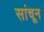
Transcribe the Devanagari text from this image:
सांचून